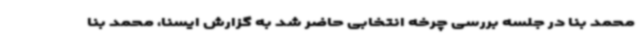
محمد بنا در جلسه بررسی چرخه انتخابی حاضر شد به گزارش ایسنا، محمد بنا